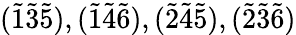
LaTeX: (\tilde{1}\tilde{3}\tilde{5}),(\tilde{1}\tilde{4}\tilde{6}),(\tilde{2}\tilde{4}\tilde{5}),(\tilde{2}\tilde{3}\tilde{6})